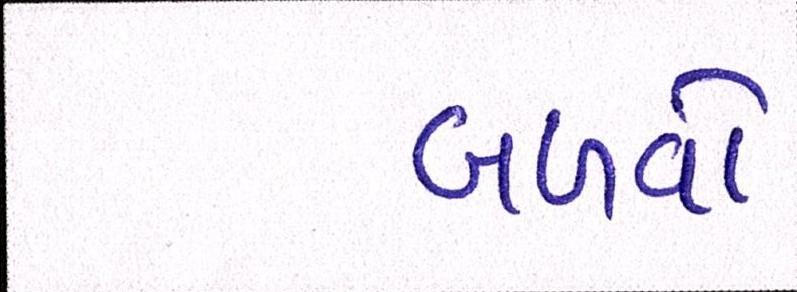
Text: બળવો